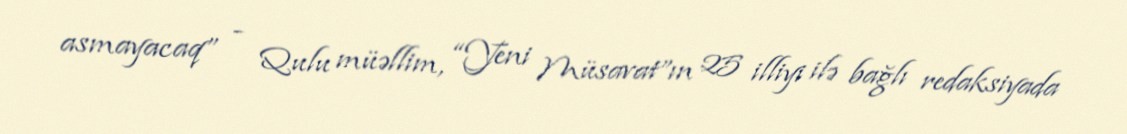
asmayacaq” - Qulu müəllim, “Yeni Müsavat”ın 25 illiyi ilə bağlı redaksiyada